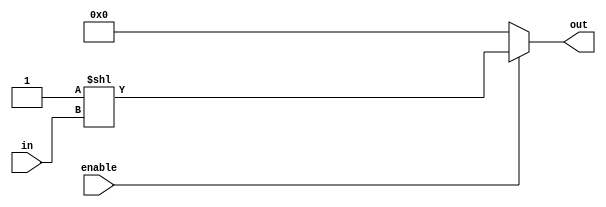
// Decoders

// All decoders choose the corresponding output wire by shifting a binary 1 'in' times to the left

// 2x4 Decoder
module decoder_2x4(output reg [3:0]out, input wire [1:0]in, input wire enable);
	always @ (in, enable)
	begin
		out = (enable) ? (4'b0001 << in) : 4'b0000;
	end
endmodule

// 5x32 Decoder
module decoder_5x32(output reg [31:0]out, input wire [4:0]in, input wire enable);
	always @ (in, enable)
	begin
		out = (enable) ? (32'b1 << in) : 32'b0;
	end
endmodule